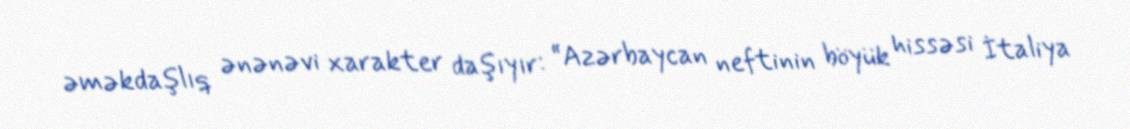
əməkdaşlıq ənənəvi xarakter daşıyır: “Azərbaycan neftinin böyük hissəsi İtaliya